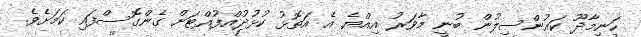
ހަނިމާދޫ ކައުންސިލުން ބުނީ މާވަރު އިއްޔެ އެ އަތޮޅު ކުޅުދުއްފުއްޓަށް ގެންގޮސްފައި ކަމަށެވެ.